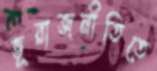
ভূরাজনীতিতে